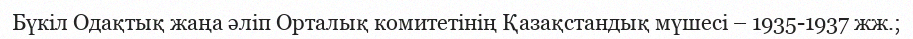
Бүкіл Одақтық жаңа әліп Орталық комитетінің Қазақстандық мүшесі – 1935-1937 жж.;